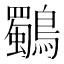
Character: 鸀